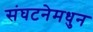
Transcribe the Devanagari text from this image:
संघटनेमधुन